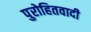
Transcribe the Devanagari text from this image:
पुरोहितवादी